Annual administration report of the Bombay Presidency - 1887-1892
Year: 1887
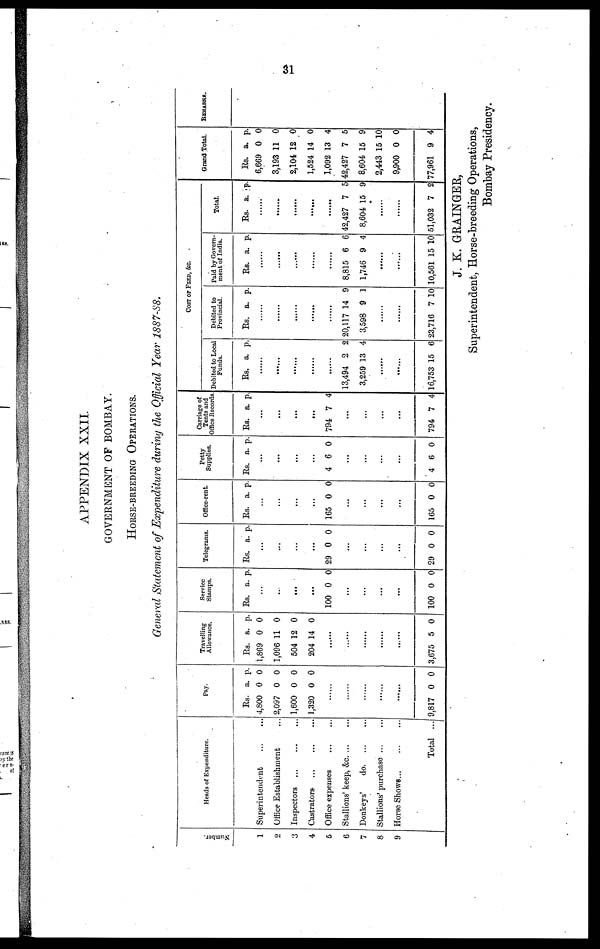
31
APPENDIX XXII.
GOVERNMENT OF BOMBAY.
HORSE-BREEDING OPERATIONS.
General Statement of Expenditure during the Official Year 1887-88.
Nu mb e r
.
1
2
3
4
5
6
7
8
9
Heads of Expenditure.
Superintendent
...
...
Office Establishment ...
Inspectors
...
...
...
Castrators
...
...
...
Office expenses ... ...
Stallions' keep, &c. ... ...
Donkeys'
do. ... ...
Stallions' purchase
...
...
Horse Shows... ... ...
Total ...
Pay.
Rs.
4,800
2,097
1,600
1,320
a.
0
0
0
0
p.
0
0
0
0
......
......
......
......
......
9,817 0 0
Travellin
Allowance.
Rs.
1,869
1,096
504
204
a.
0
11
12
14
p.
0
0
0
0
......
......
......
......
......
3,675 5 0
Service
Stamps.
Rs. a. p.
...
...
...
...
100 0 0
...
...
...
...
100 0 0
Telegrams.
Rs. a. p.
...
...
...
...
29 0 0
...
...
...
...
29 0 0
Office-rent.
Rs. a. p.
...
...
.
..
.
..
165 0 0
...
...
...
...
165 0 0
Petty
Supplies.
Rs. a. p.
...
...
...
...
4 6 0
...
...
...
...
4 6 0
Carriage of
Tents and
Office Records.
Rs. a. p.
...
...
...
...
794 7 4
...
...
...
...
794 7 4
COST OF FEED, & C.
Debited to Local
Funds.
Rs. a. p.
......
......
......
......
......
13,494
3,259
2
13
2
4
......
......
16,753 15 6
Debited to
Provincial.
Rs. a. p.
......
......
......
......
......
20,117
3,598
14
9
9
1
......
......
23,716 7 10
Paid by Govern-
ment of India.
Rs. a. p.
......
......
......
......
......
8,815
1,746
6
9
6
4
......
......
10,561 15 10
Total.
Rs. a. p.
......
......
......
......
42,427
8,604
7
15
5
9
......
......
51,032 7 2
Grand Total.
Rs.
6,669
3,193
2,104
1,524
1,092
42,427
8,604
2,443
9,900
77,961
a.
0
11
12
14
13
7
15
15
0
9
p.
0
0
0
0
4
5
9
10
0
4
REMARKS.
J. K. GRAINGER,
Superintendent, Horse-breeding Operations,
Bombay Presidency.